Vital statistics of India. Vol. VI, European troops 1870-79
Year: 1870
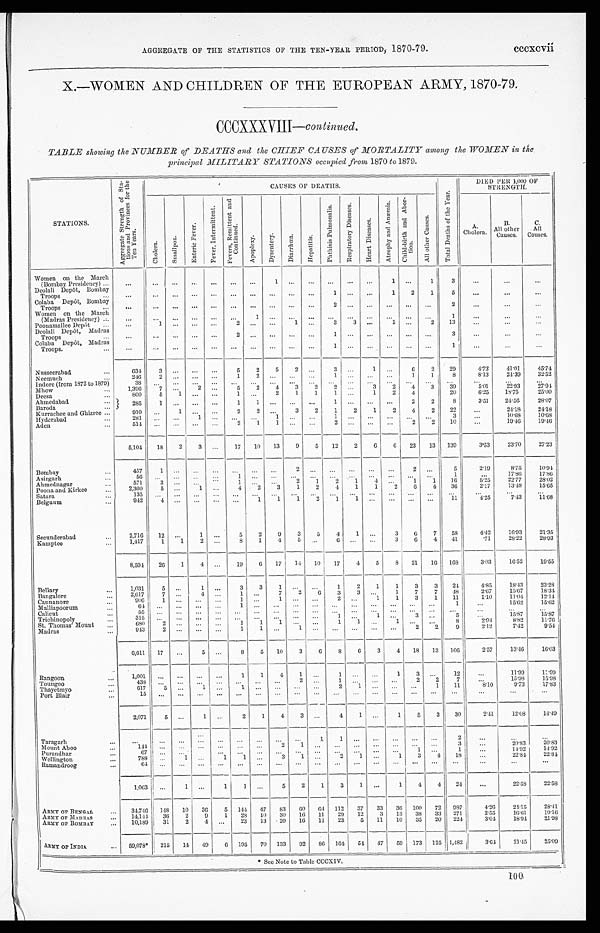
AGGREGATE OF THE STATISTICS OF THE TEN-YEAR PERIOD, 1870-79.
cccxcvii
X.—WOMEN AND CHILDREN OF THE EUROPEAN ARMY, 1870-79.
CCCXXXVIII— continued.
TABLE showing the NUMBER of DEATHS and the CHIEF CAUSES of MORTALITY among the WOMEN in the
principal MILITARY STATIONS occupied from 1870 to 1879.
STATIONS.
A g g r e g a t e S t r e n g t h o f S t a -
t i o n s a n d P r o v i n c e s f o r t h e
T e n Y e a r s .
CAUSES OF DEATHS.
T o t a l D e a t h s o f t h e Y e a r .
DIED PER 1,000 OF
STRENGTH.
C h o l e r a .
S m a l l p o x .
E n t e r i c F e v e r .
F e v e r , I n t e r m i t t e n t .
F e v e r s , R e m i t t e n t a n d
Co n t i n u e d .
A p o p l e x y .
D y s e n t e r y .
D i a r r h œ a .
He p a t i t i s .
P h t h i s i s P u l m o n a l i s . R e s p i r a t o r y D i s e a s e s .
H e a r t D i s e a s e s .
A t r o p h y a n d A n æ m i a . C h i l d - b i r t h a n d A b o r -
t i on.
A l l o t h e r C a u s e s .
A.
Cholera.
B .
All other
Causes.
C.
All
Causes.
Women on the March
(Bombay Presidency) ...
...
... ...
...
... ... ...
1 ... ... ... ... ...
1 ...
1
3
...
. . .
. . .
Deolali Depôt, Bombay
Troops ...
...
... ... ... ... ... ... ... ... ...
1 . . .
. . .
1 2
1
5
. . .
. . .
. . .
Colaba Depôt, Bombay
Troops ...
...
...
... ... ... ... ... ...
. . . ...
2 . . .
. . .
. . .
. . .
. . . 2
...
...
...
Women on the March
(Madras Presidency) ...
...
... ... ... ... ...
1 ...
. . . ... ... ...
. . . ... ... ...
1
. . .
. . .
...
Poonamallee Depôt ...
. . .
1 ... ... ...
2
. . . ...
1 ...
3
3 ...
1 ...
2
13
...
. . .
...
Deolali Depôt, Madras
Troops ...
. . .
... ... ... ...
2 ... ... ... ...
1 ... ... ... ... ...
3
. . .
. . .
...
Colaba Depôt, Madras
Troops. ...
...
. . . ... ... ... ... ... ... ... ...
1 ...
. . . ... ... ...
1
...
...
...
Nusseerabad
...
634
3 ... ... ...
5
2
5
2 ...
... 3 1
. . . 6
2
29
4 . 7 3 41.01
45.74
Neemuch
...
246
2 ... ... ...
1
2
... ... ...
1 . . .
. . .
. . . 1
1
8
8.13
24.39
32.52
Indore (from 1872 to 1879)
38
. . . ...
... ... ...
... ... ... ... ... ...
... ... ... ...
. . .
. . .
. . .
. . .
Mhow
...
1,396
7 ...
2 ...
5
2
4
3
2 2
. . . 3
2
4
3
39
5.01 22.93
27.94
Deesa
...
800
5
1 ... ...
1
. . . 2
1
1
1 ...
1
2
4
20
6.25
18.75
25.00
Ahmedabad
...
285
1 ... ... ...
1
1
... . . . ...
1 . . .
. . .
. . . 2
2
8
3.51
24.56
28.07
Baroda
...
Kurrachee and Ghizree ...
910
. . . 1 ...
...
2
2
... 3
2
1
2
1
2
4
2
22
...
24.18
24.18
Hyderabad
...
281 ... ...
1 ...
. . .
. . .
1
. . .
...
1 . . .
. . .
. . .
. . .
. . . 3
. . .
10.68
10.68
Aden
...
514 ... ...
... ...
2
1
1
. . .
... 2
. . . ... ...
2
2
10
...
19.46 19.4
6
5,104
18
2
3 ...
17 10 13
9
5 12
2
6
6 23 13 139
3.53
23.70
27.23
Bombay
...
457
1
...
......
...
. . . ...
2
... ...
. . .
...
...
2 ...
5
2.19
8.75
10.94
Asirgarh
...
56
. . . ...
... ...
1
. . . ...
... ... ... ...
...
...
. . .
. . .
1
...
17.86
17.86
Ahmednagar
...
571
3 ...
... ...
1
. . . ...
2 1
2
1
4
. . .
1
1 16
5.25
22.77
28.02
Poona and Kirkee
...
2,300
5 ...
1 ...
4 2
3
1
2
4
1
1
2
6
4
36
2 . 1 7 13.48 15.65
Satara
...
135 ... ...
......
... ... ...
... ...
. . . ...
. . . ...
. . . ...
...
...
...
...
Belgaum
...
942
4
...
......
...
1
1
1
2
1
1
. . .
. . .
. . .
. . .
11 4.25
7.43 11.68
Secunderabad
...
2,716
12 ...
1 ...
5
2
9
3
5
4
1 ...
3
6
7
58
4.42
16.93
21.35
Kamptee
...
1,417
1
1
2 ...
8
1
4
5
...
6 . . .
. . .
3
6
4
41
. 7 1
28.22
28.93
8,594
26
1
4 ...
19
6 17 14 10 17
4
5
8 21 16 168
3.03
16.52
19.55
Bellary
...
1,031
5
...
1 ...
3
3
1
. . . ...
1
2
1
1
3
3 24
4.85
18.43
23.28
Bangalore
...
2,617
7 ...
4 ...
1 ...
7
2
6
3
3 ...
1
7
7
48
2.67
15.67
18.34
Cannanore
...
906
1 ...
......
1
. . .
1
. . . ... 2
. . . 1
1
3
1
11
1.10 11.04
12.14
Malliapoorum
...
6 4
. . . ...
......
1
. . . ...
. . . ...
...
. . .
. . .
. . .
. . .
. . .
1
...
15.62
15.62
Calicut
...
55
. . . ...
......
... ... ...
...
...
... ... ... ... ...
...
...
...
. . .
. . .
Trichinopoly
...
3 1 5
. . . ...
......
...
. . . ...
. . .
...
1 ...
1
. . . 3
. . .
5
...
1 5 . 8 7
1 5 . 8 7
St. Thomas' Mount ...
680
2 ...
......
1
1 1 . . .
. . .
1
1
. . .
1
. . .
. . .
8
2 . 9 4
8 . 8 2
1 1 . 7 6
Madras
...
943
2 ...
......
1
1
...
1 ...
... . . .
. . .
. . .
2
2
9
2.12
7 . 4 2
9.54
6,611 17 ...
5 ...
8
5 10
3
6
8
6
3
4 18 13 106
2 . 5 7
13.46
16.03
Rangoon
...
1,001 ...
... ...
. . .
1
1
4
1
...
1
. . .
. . . 1
3 ...
12
...
11.99
1 1 . 9 9
Toungoo
...
438 ... ... ...
. . . ... ... ...
2 ...
1 . . .
. . .
. . . 2
2
7
...
1 5 . 9 8
1 5 . 9 8
Thayetmyo
...
617
5 ... 1
. . . 1
. . . ...
. . . ...
2
1
. . .
. . .
. . .
1
1 1
8.10
9 . 7 3 17.83
Port Blair
...
15 ...
. . . ...
. . .
. . .
. . . ...
. . .
. . .
. . .
. . .
. . .
. . .
. . .
. . .
. . .
...
...
...
2,071
5 ...
1 ...
2
1
4
3 ...
4
1
. . .
1
5
3
30
2.41
12.08
14.49
Taragarh
. . .
. . .
. . . ...
. . . ... ... ... ... ...
1
1
. . . . . .
. . . ... ...
2
. . .
. . . ...
Mount Aboo
. . .
144 ... ...
...
...
...
. . .
2
1
...
... . . .
. . .
. . .
. . . . . .
3 ...
2 0 . 8 3
2 0 . 8 3
Purandhar
...
6 7
. . . ...
... ... ...
... ...
... ... ...
. . . ... ...
1 ...
1 ...
1 4 . 9 2
1 4 . 9 2
Wellington
...
788
. . .
1 ... 1
1 . . .
3
1 ...
2
1 ...
1
3
4
1 8
...
2 2 . 8 4 22.84
Ramandroog
. . .
6 4
. . .
. . . ...
. . .
...
. . . ...
. . .
. . .
...
. . .
. . .
. . .
. . .
. . .
. . .
. . .
. . .
...
1,063 ...
1
. . .
1
1
. . .
5
2
1
3 1 ...
1
4
4
24
...
22.58
22.58
ARMY OF BENGAL
. . . 34,746 148 10 36
5 144 47 83 60 64 112 37 33 36 100 72 987
4 . 2 624.15
28.41
ARMY OF MADRAS
... 14,144 36
2
9
1 28 10 30 16 11
29 12
3 13 38 33 271
2 . 5 5
16.61
1 9 . 1 6
ARMY OF BOMBAY
... 10,189
31
2 4
. . . 23 13 20 16 11 23
5 11 10 35 20 224
3 . 0 4
1 8 . 9 4 21.98
ARMY OF INDIA
... 59,078* 215 14
4 9 6 195 70 133 92
8 6 164 54 47 59 173 125 1,482
3 . 6 4 21.4
5
25.09
* See Note to Table CCCXIV.
100